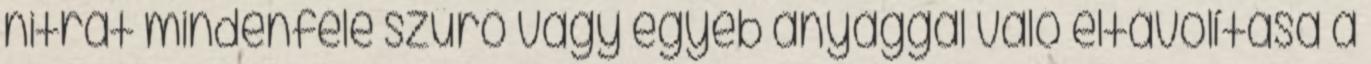
nitrát mindenféle szűrő vagy egyéb anyaggal való eltávolítása a